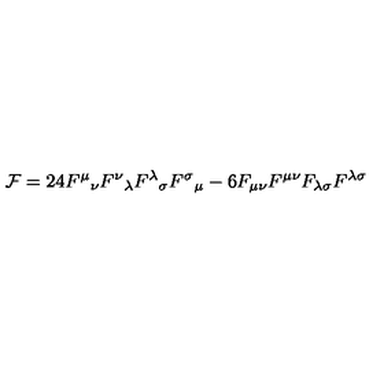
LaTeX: { \cal F } = 2 4 F ^ { \mu } { } _ { \nu } F ^ { \nu } { } _ { \lambda } F ^ { \lambda } { } _ { \sigma } F ^ { \sigma } { } _ { \mu } - 6 F _ { \mu \nu } F ^ { \mu \nu } F _ { \lambda \sigma } F ^ { \lambda \sigma }